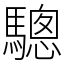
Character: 驄